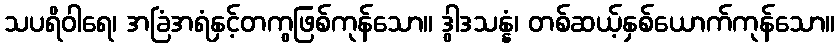
သပရိဝါရေ၊ အခြံအရံနှင့်တကွဖြစ်ကုန်သော။ ဒွါဒသန္နံ၊ တစ်ဆယ့်နှစ်ယောက်ကုန်သော။